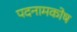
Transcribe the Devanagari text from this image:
पदनामकोष